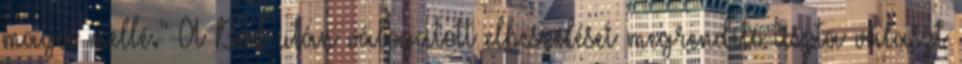
maga mellé." A Bál után válogatott elbeszélései megrendítő-tiszta választ